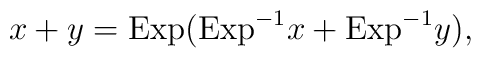
x+y ={\rm Exp}({\rm Exp}^{-1}x + {\rm Exp}^{-1}y),